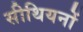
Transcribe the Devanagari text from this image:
सीथियनों